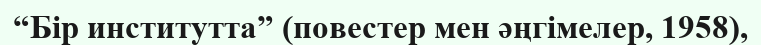
“Бір институтта” (повестер мен әңгімелер, 1958),